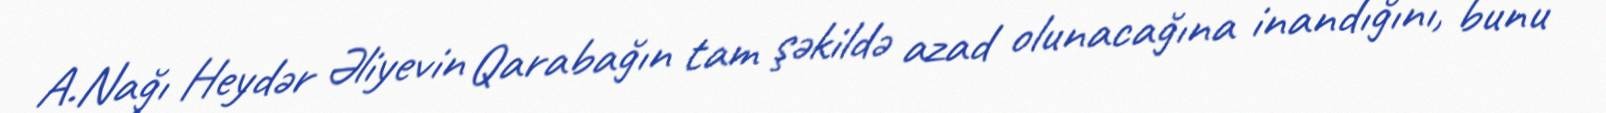
A.Nağı Heydər Əliyevin Qarabağın tam şəkildə azad olunacağına inandığını, bunu